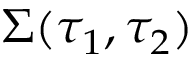
\Sigma ( \tau _ { 1 } , \tau _ { 2 } )